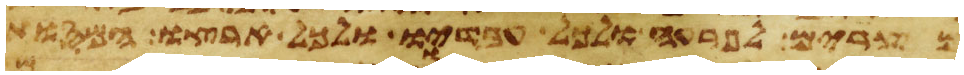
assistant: מצרים לפרעה ולכל עבדיו ולכל ארצו המסות